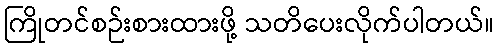
ကြိုတင်စဉ်းစားထားဖို့ သတိပေးလိုက်ပါတယ်။